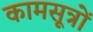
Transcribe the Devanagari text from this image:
कामसूत्रों